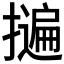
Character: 𭢬